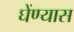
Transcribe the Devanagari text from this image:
घेंण्यास